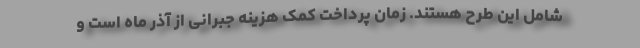
شامل این طرح هستند. زمان پرداخت کمک هزینه جبرانی از آذر ماه است و